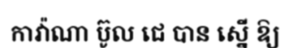
កាវ៉ាណា ប៊ូល ជេ បាន ស្នើ ឱ្យ